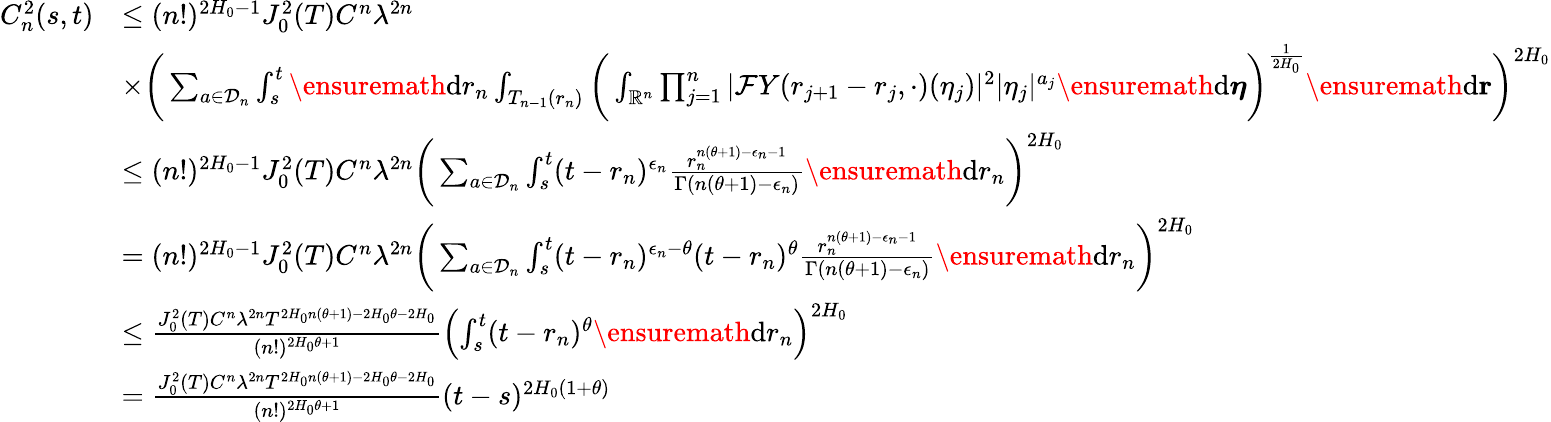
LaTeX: \begin{array}{rl}{C_{n}^{2}(s,t)}&{\leq(n!)^{2H_{0}-1}J_{0}^{2}(T)C^{n}\lambda^{2n}}\\ &{\times\bigg(\sum_{a\in\mathcal D_{n}}\int_{s}^{t}\ensuremath{\mathrm{d}}r_{n}\int_{T_{n-1}(r_{n})}\bigg(\int_{\mathbb{R}^{n}}\prod_{j=1}^{n}|\mathcal{F}Y(r_{j+1}-r_{j},\cdot)(\eta_{j})|^{2}|\eta_{j}|^{a_{j}}\ensuremath{\mathrm{d}}\boldsymbol\eta\bigg)^{\frac{1}{2H_{0}}}\ensuremath{\mathrm{d}}\mathbf{r}\bigg)^{2H_{0}}}\\ &{\le(n!)^{2H_{0}-1}J_{0}^{2}(T)C^{n}\lambda^{2n}\bigg(\sum_{a\in\mathcal D_{n}}\int_{s}^{t}(t-r_{n})^{\epsilon_{n}}\frac{r_{n}^{n(\theta+1)-\epsilon_{n}-1}}{\Gamma\left(n(\theta+1)-\epsilon_{n}\right)}\ensuremath{\mathrm{d}}r_{n}\bigg)^{2H_{0}}}\\ &{=(n!)^{2H_{0}-1}J_{0}^{2}(T)C^{n}\lambda^{2n}\bigg(\sum_{a\in\mathcal D_{n}}\int_{s}^{t}(t-r_{n})^{\epsilon_{n}-\theta}(t-r_{n})^{\theta}\frac{r_{n}^{n(\theta+1)-\epsilon_{n}-1}}{\Gamma\left(n(\theta+1)-\epsilon_{n}\right)}\ensuremath{\mathrm{d}}r_{n}\bigg)^{2H_{0}}}\\ &{\leq\frac{J_{0}^{2}(T)C^{n}\lambda^{2n}T^{2H_{0}n(\theta+1)-2H_{0}\theta-2H_{0}}}{(n!)^{2H_{0}\theta+1}}\left(\int_{s}^{t}(t-r_{n})^{\theta}\ensuremath{\mathrm{d}}r_{n}\right)^{2H_{0}}}\\ &{=\frac{J_{0}^{2}(T)C^{n}\lambda^{2n}T^{2H_{0}n(\theta+1)-2H_{0}\theta-2H_{0}}}{(n!)^{2H_{0}\theta+1}}(t-s)^{2H_{0}(1+\theta)}}\end{array}